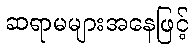
ဆရာမများအနေဖြင့်